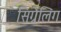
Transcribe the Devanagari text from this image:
सिग्नेलिंग